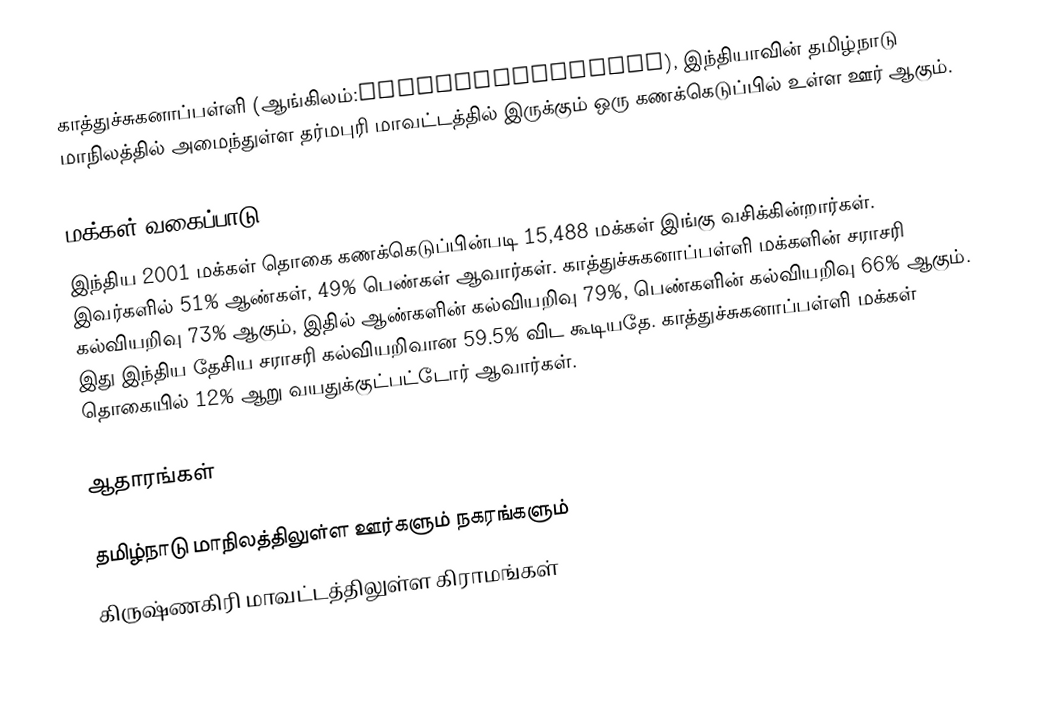
காத்துச்சுகனாப்பள்ளி (ஆங்கிலம்:Kathujuganapalli), இந்தியாவின் தமிழ்நாடு மாநிலத்தில் அமைந்துள்ள தர்மபுரி மாவட்டத்தில் இருக்கும் ஒரு கணக்கெடுப்பில் உள்ள ஊர்  ஆகும்.

மக்கள் வகைப்பாடு
இந்திய 2001 மக்கள் தொகை கணக்கெடுப்பின்படி 15,488 மக்கள் இங்கு வசிக்கின்றார்கள். இவர்களில் 51% ஆண்கள், 49% பெண்கள் ஆவார்கள். காத்துச்சுகனாப்பள்ளி மக்களின் சராசரி கல்வியறிவு 73% ஆகும்,  இதில் ஆண்களின் கல்வியறிவு 79%,  பெண்களின் கல்வியறிவு 66% ஆகும். இது இந்திய தேசிய சராசரி கல்வியறிவான 59.5% விட கூடியதே. காத்துச்சுகனாப்பள்ளி மக்கள் தொகையில் 12%  ஆறு வயதுக்குட்பட்டோர் ஆவார்கள்.

ஆதாரங்கள்

தமிழ்நாடு மாநிலத்திலுள்ள ஊர்களும் நகரங்களும்
கிருஷ்ணகிரி மாவட்டத்திலுள்ள கிராமங்கள்